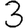
Digit: 3